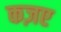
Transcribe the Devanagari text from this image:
कज़ए